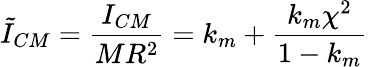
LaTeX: \tilde{I}_{CM}=\frac{I_{CM}}{MR^{2}}=k_{m}+\frac{k_{m}\chi^{2}}{1-k_{m}}